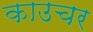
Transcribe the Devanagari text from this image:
काउचर